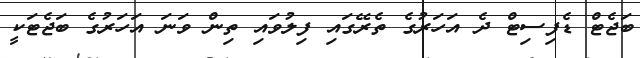
ބަޖެޓް ޑެފިސިޓް ދެ އަހަރުގެ ތެރޭގައި ފިލުވައި ތިން ވަނަ އަހަރުގެ ބަޖެޓަކީ